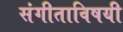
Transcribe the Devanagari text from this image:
संगीताविषयी